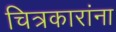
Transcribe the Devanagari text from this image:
चित्रकारांना